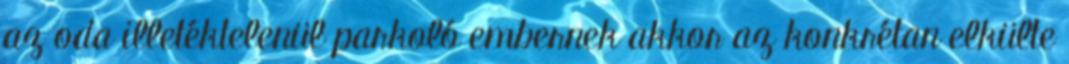
az oda illetéktelenül parkoló embernek akkor az konkrétan elkülte